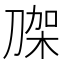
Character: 𭃼